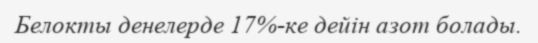
Белокты денелерде 17%-ке дейін азот болады.